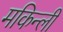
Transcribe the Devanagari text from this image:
मकिन्ली